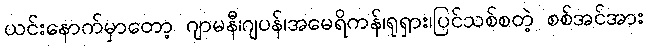
ယင်းနောက်မှာတော့ ဂျာမနီ၊ဂျပန်၊အမေရိကန်၊ရုရှား၊ပြင်သစ်စတဲ့ စစ်အင်အား